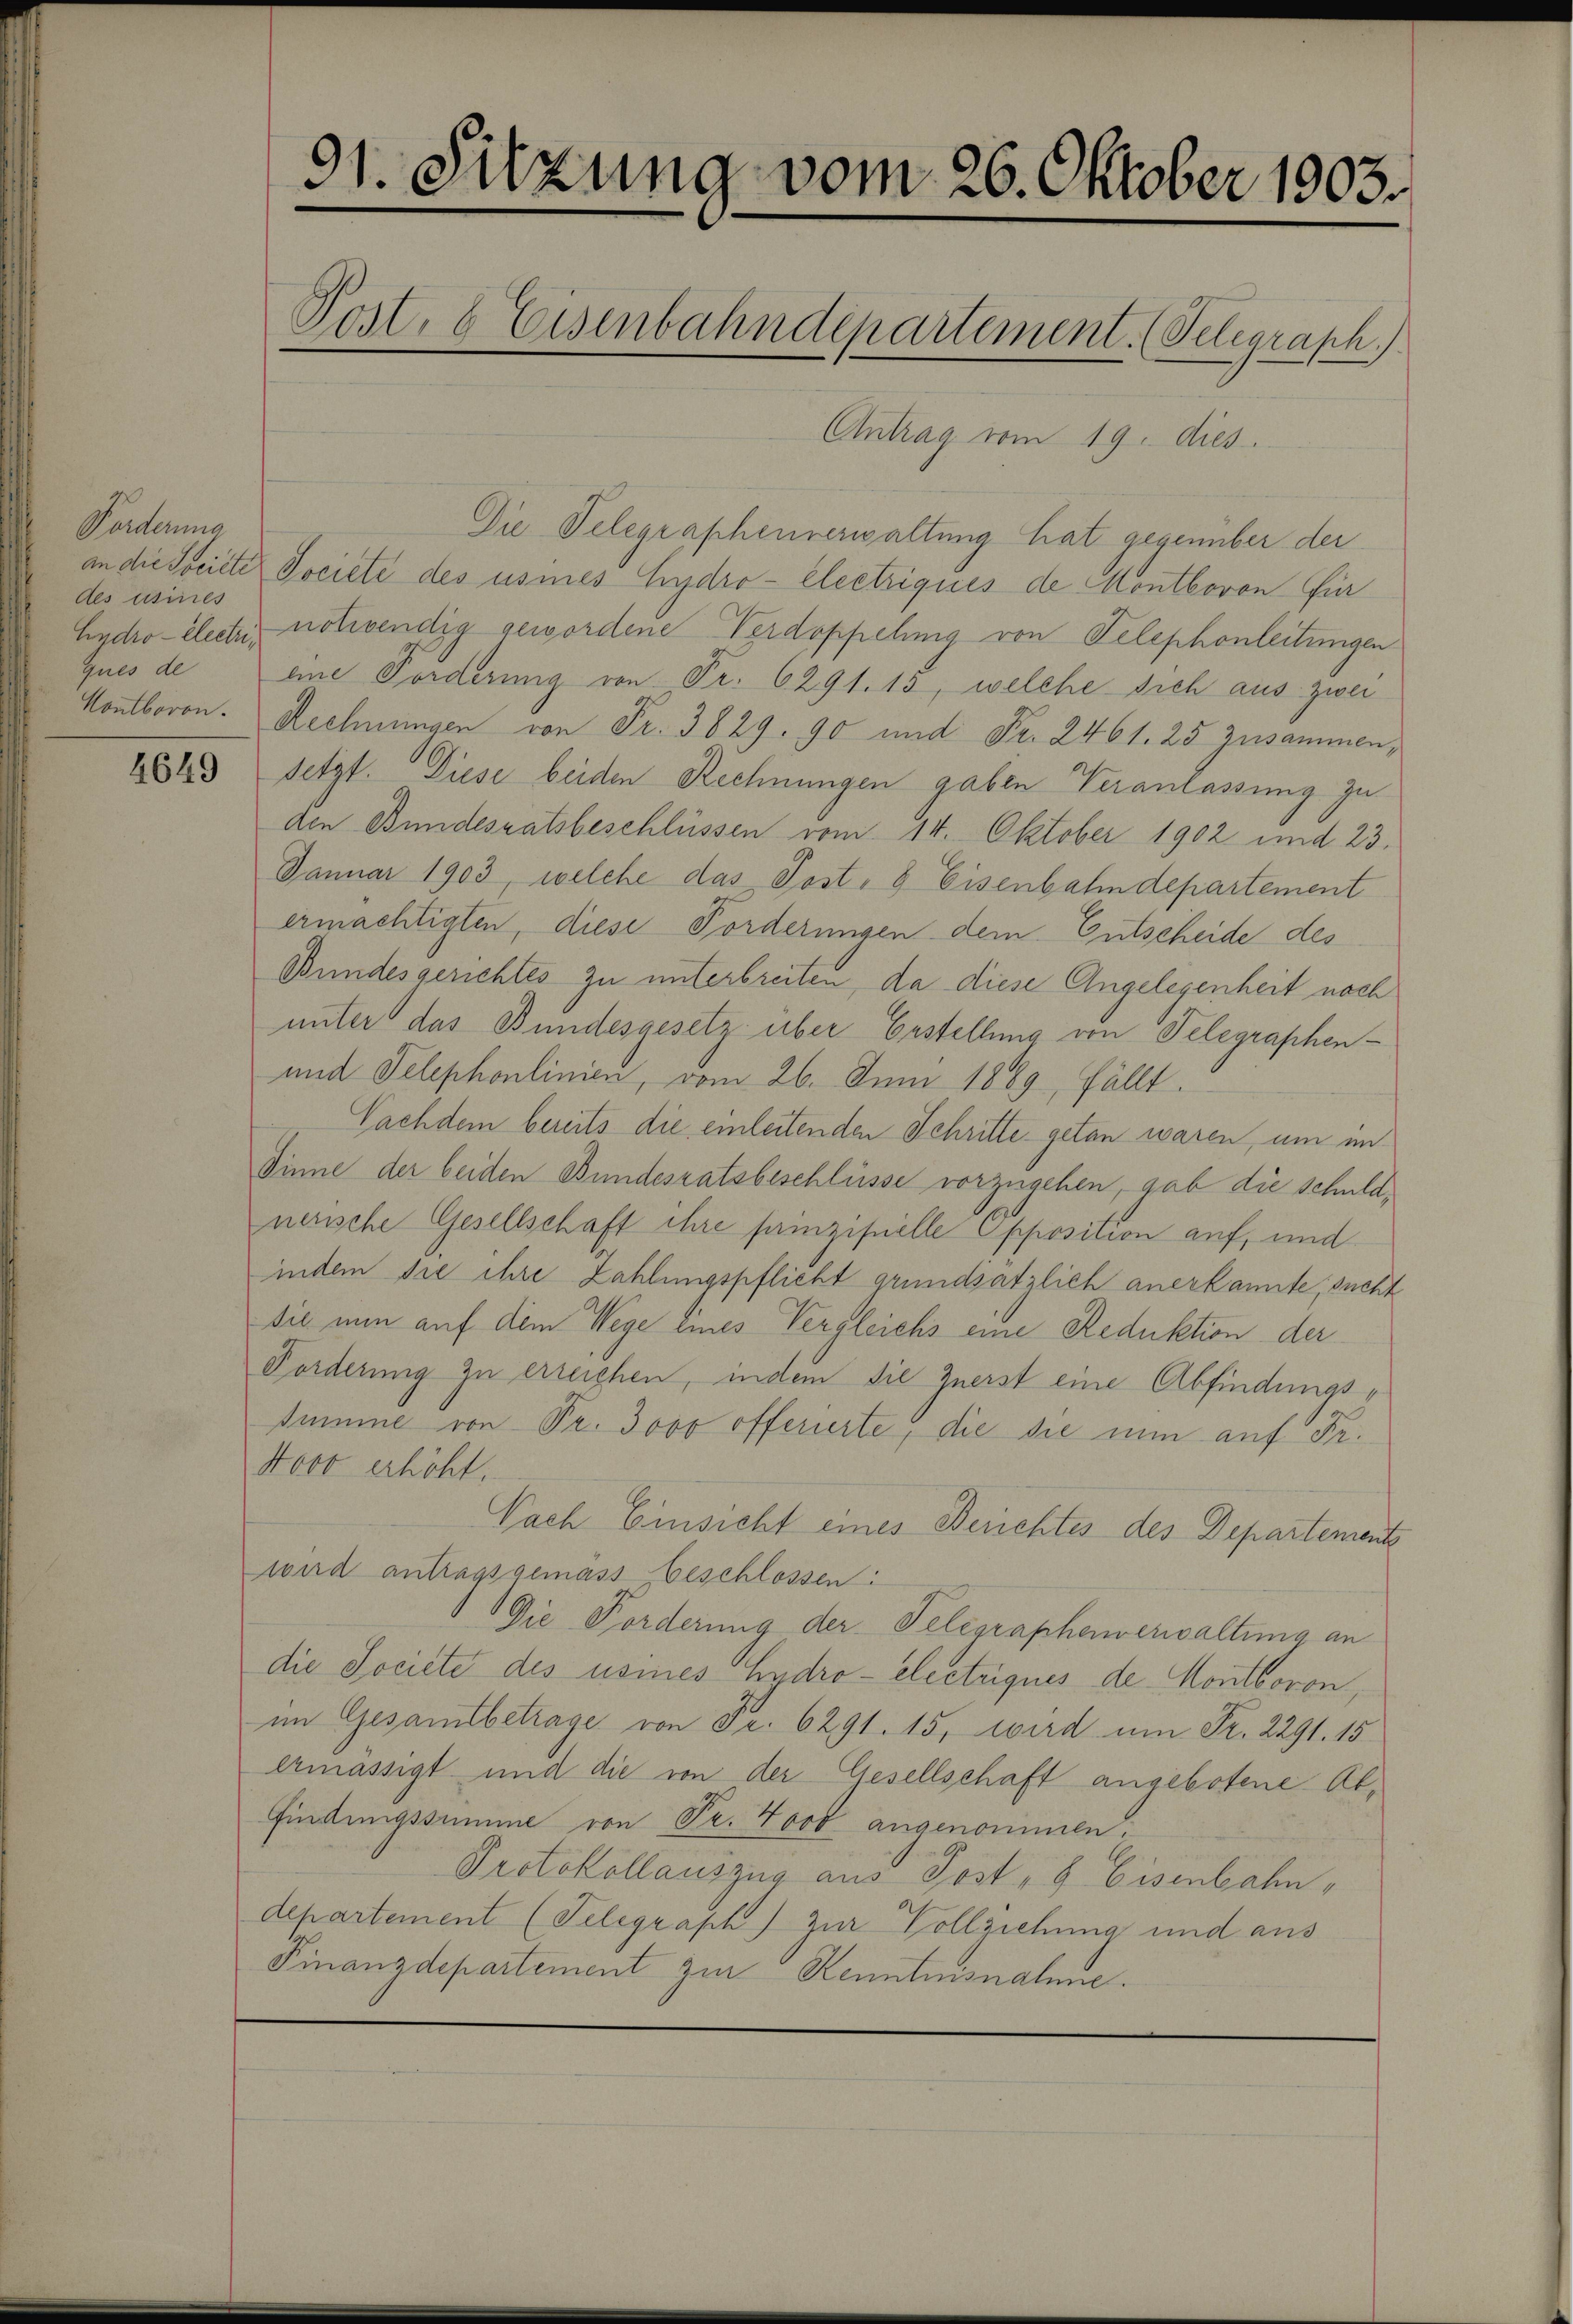
Forderung
des usines
ques de

4649

Antrag vom 19. dies
Die Telegraphenverwaltung hat gegenüber der
an die Societe Societe des usines hydro- Electriques de Montboron Ein
Endro- électri, notwendig gewordene Verdoppelung von Telephonleitungen
eine Forderung von Fr. 6291. 13, welche sich aus zwei
Kontboron. Rechnungen von Fr. 3829. 90 und Fr. 2461. 25 zusammen,
setzt. Diese beiden Rechnungen gaben Veranlassung zu
den Bundesratsbeschlüssen vom 14. Oktober 1902 und 23.
Januar 1903, welche das Post- 8 Eisenbahndepartement
ermächtigten, diese Forderungen dem Entscheide des
Bundesgerichtes zu unterbreiten, da diese Angelegenheit noch
unter das Bundesgesetz über Erstellung von Telegraphen¬
und Telephonlinien, vom 26. Juni 1889, fällt.
Nachdem bereits die einleitenden Schritte getan waren, um im
Sinne der beiden Bundesratsbeschlüsse vorzugehen, gab die schuldnerische Gesellschaft ihre prinzipielle Opposition auf, und
indem sie ihre Zahlungspflicht grundsätzlich anerkannte, sucht
sie nun auf dem Wege eines Vergleichs eine Reduktion der
Forderung zu erreichen, indem die Zuerst eine Abfindungssumme von Pr. 3000 offerierte, die sie nun auf Fr.
Novo erhöht.
Nach Einsicht eines Berichtes des Departements
wird antragsgemäss beschlossen:
Die Forderung der Telegraphenverwaltung an
die Societe des usines Hydro- electriques de Montboron,
im Gesamtbetrage von Fr. 6291. 15, wird um Fr. 2291. 15
ermässigt und die von der Gesellschaft angebotene Ab¬
Findungssumme von Fr. 4000 angenommen:
Protokollauszug aus Post- & Eisenbahn,
departement (Telegraph) zur Vollziehung und aus
Finanzdepartement zur Kenntnisnahme.

91. Sitzung vom 26. Oktober 1903.
Post, 6 Eisenbahndepartement. (Telegraph.)